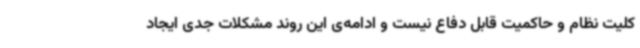
کلیت نظام و حاکمیت قابل دفاع نیست و ادامه‌ی این روند مشکلات جدی ایجاد